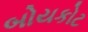
બોયકોટ